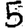
Digit: 5